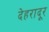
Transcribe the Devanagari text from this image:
देहरादूर